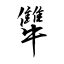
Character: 犨